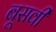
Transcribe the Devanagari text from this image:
बूसवीं